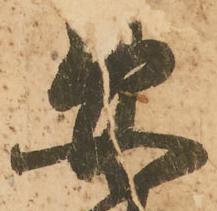
安